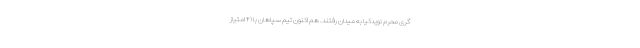
گری محرم نویدکیا به میدان رفتند. هم اکنون تیم سپاهان با ۴۱ امتیاز